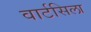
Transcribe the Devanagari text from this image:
वार्टसिला